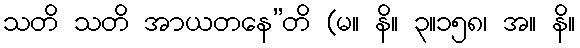
သတိ သတိ အာယတနေ”တိ (မ။ နိ။ ၃။၁၅၈၊ အ။ နိ။